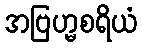
အဗြဟ္မစရိယံ